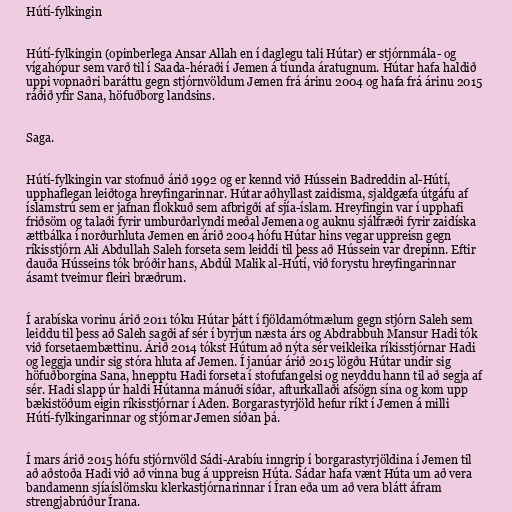
Hútí-fylkingin

Hútí-fylkingin (opinberlega Ansar Allah en í daglegu tali Hútar) er stjórnmála- og
vígahópur sem varð til í Saada-héraði í Jemen á tíunda áratugnum. Hútar hafa haldið
uppi vopnaðri baráttu gegn stjórnvöldum Jemen frá árinu 2004 og hafa frá árinu 2015
ráðið yfir Sana, höfuðborg landsins.

Saga.

Hútí-fylkingin var stofnuð árið 1992 og er kennd við Hússein Badreddin al-Hútí,
upphaflegan leiðtoga hreyfingarinnar. Hútar aðhyllast zaidisma, sjaldgæfa útgáfu af
íslamstrú sem er jafnan flokkuð sem afbrigði af sjía-íslam. Hreyfingin var í upphafi
friðsöm og talaði fyrir umburðarlyndi meðal Jemena og auknu sjálfræði fyrir zaidíska
ættbálka í norðurhluta Jemen en árið 2004 hófu Hútar hins vegar uppreisn gegn
ríkisstjórn Ali Abdullah Saleh forseta sem leiddi til þess að Hússein var drepinn. Eftir
dauða Hússeins tók bróðir hans, Abdúl Malik al-Hútí, við forystu hreyfingarinnar
ásamt tveimur fleiri bræðrum.

Í arabíska vorinu árið 2011 tóku Hútar þátt í fjöldamótmælum gegn stjórn Saleh sem
leiddu til þess að Saleh sagði af sér í byrjun næsta árs og Abdrabbuh Mansur Hadi tók
við forsetaembættinu. Árið 2014 tókst Hútum að nýta sér veikleika ríkisstjórnar Hadi
og leggja undir sig stóra hluta af Jemen. Í janúar árið 2015 lögðu Hútar undir sig
höfuðborgina Sana, hnepptu Hadi forseta í stofufangelsi og neyddu hann til að segja af
sér. Hadi slapp úr haldi Hútanna mánuði síðar, afturkallaði afsögn sína og kom upp
bækistöðum eigin ríkisstjórnar í Aden. Borgarastyrjöld hefur ríkt í Jemen á milli
Hútí-fylkingarinnar og stjórnar Jemen síðan þá.

Í mars árið 2015 hófu stjórnvöld Sádi-Arabíu inngrip í borgarastyrjöldina í Jemen til
að aðstoða Hadi við að vinna bug á uppreisn Húta. Sádar hafa vænt Húta um að vera
bandamenn sjíaíslömsku klerkastjórnarinnar í Íran eða um að vera blátt áfram
strengjabrúður Írana.